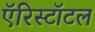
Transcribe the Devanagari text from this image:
ऍरिस्टॉटल